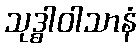
သုဒ္ဓါဝါသာနံ